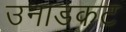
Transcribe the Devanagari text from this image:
उनाडकट